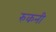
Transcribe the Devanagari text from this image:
रुकनी